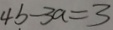
4 b - 3 a = 3